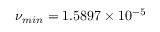
\nu _ { m i n } = 1 . 5 8 9 7 \times 1 0 ^ { - 5 }